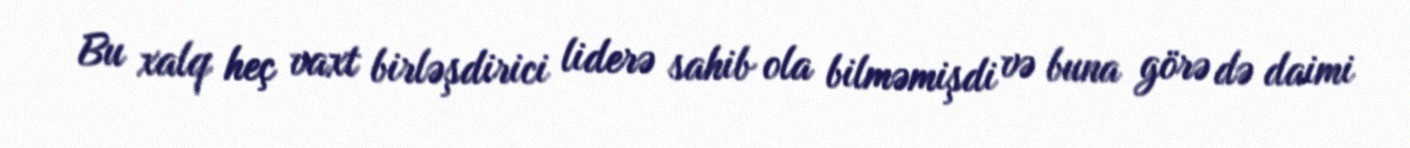
Bu xalq heç vaxt birləşdirici liderə sahib ola bilməmişdi və buna görə də daimi